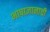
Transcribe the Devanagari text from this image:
भाषाज्ञानाची